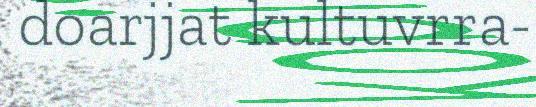
doarjjat kultuvrra-